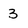
Character: 3